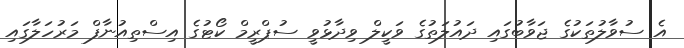
އެ ސުވާލުތަކުގެ ޖަވާބުގައި ދައުލަތުގެ ވަކީލް ވިދާޅުވީ ސުޕްރީމް ކޯޓުގެ އިސްތިއުނާފް މަރުހަލާގައި